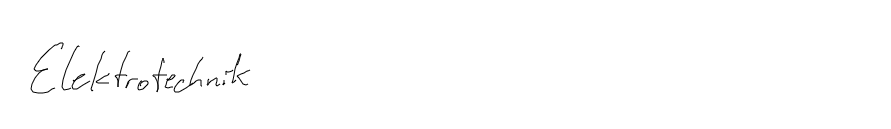
Elektrotechnik